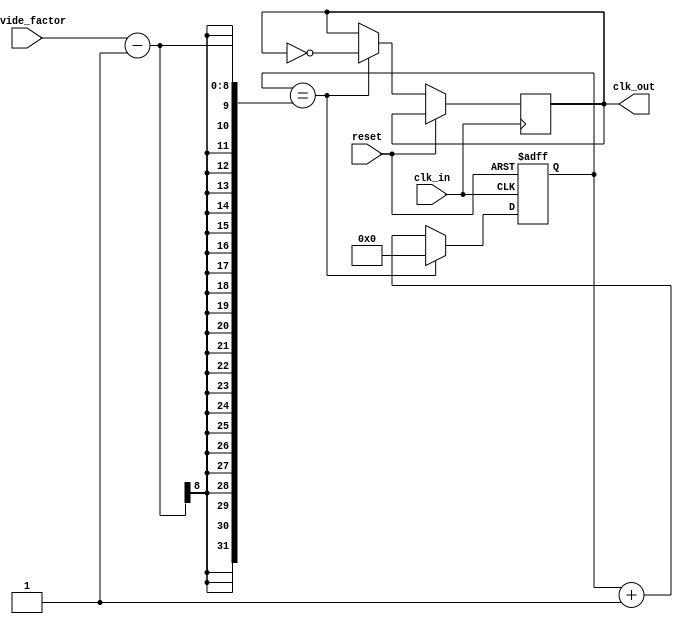
module clock_divider (
    input wire clk_in,
    input wire reset,
    input wire [7:0] divide_factor,
    output reg clk_out
);

reg [7:0] count;

always @(posedge clk_in or posedge reset) begin
    if (reset) begin
        count <= 0;
    end else begin
        if (count == divide_factor - 1) begin
            count <= 0;
            clk_out <= ~clk_out;
        end else begin
            count <= count + 1;
        end
    end
end

endmodule